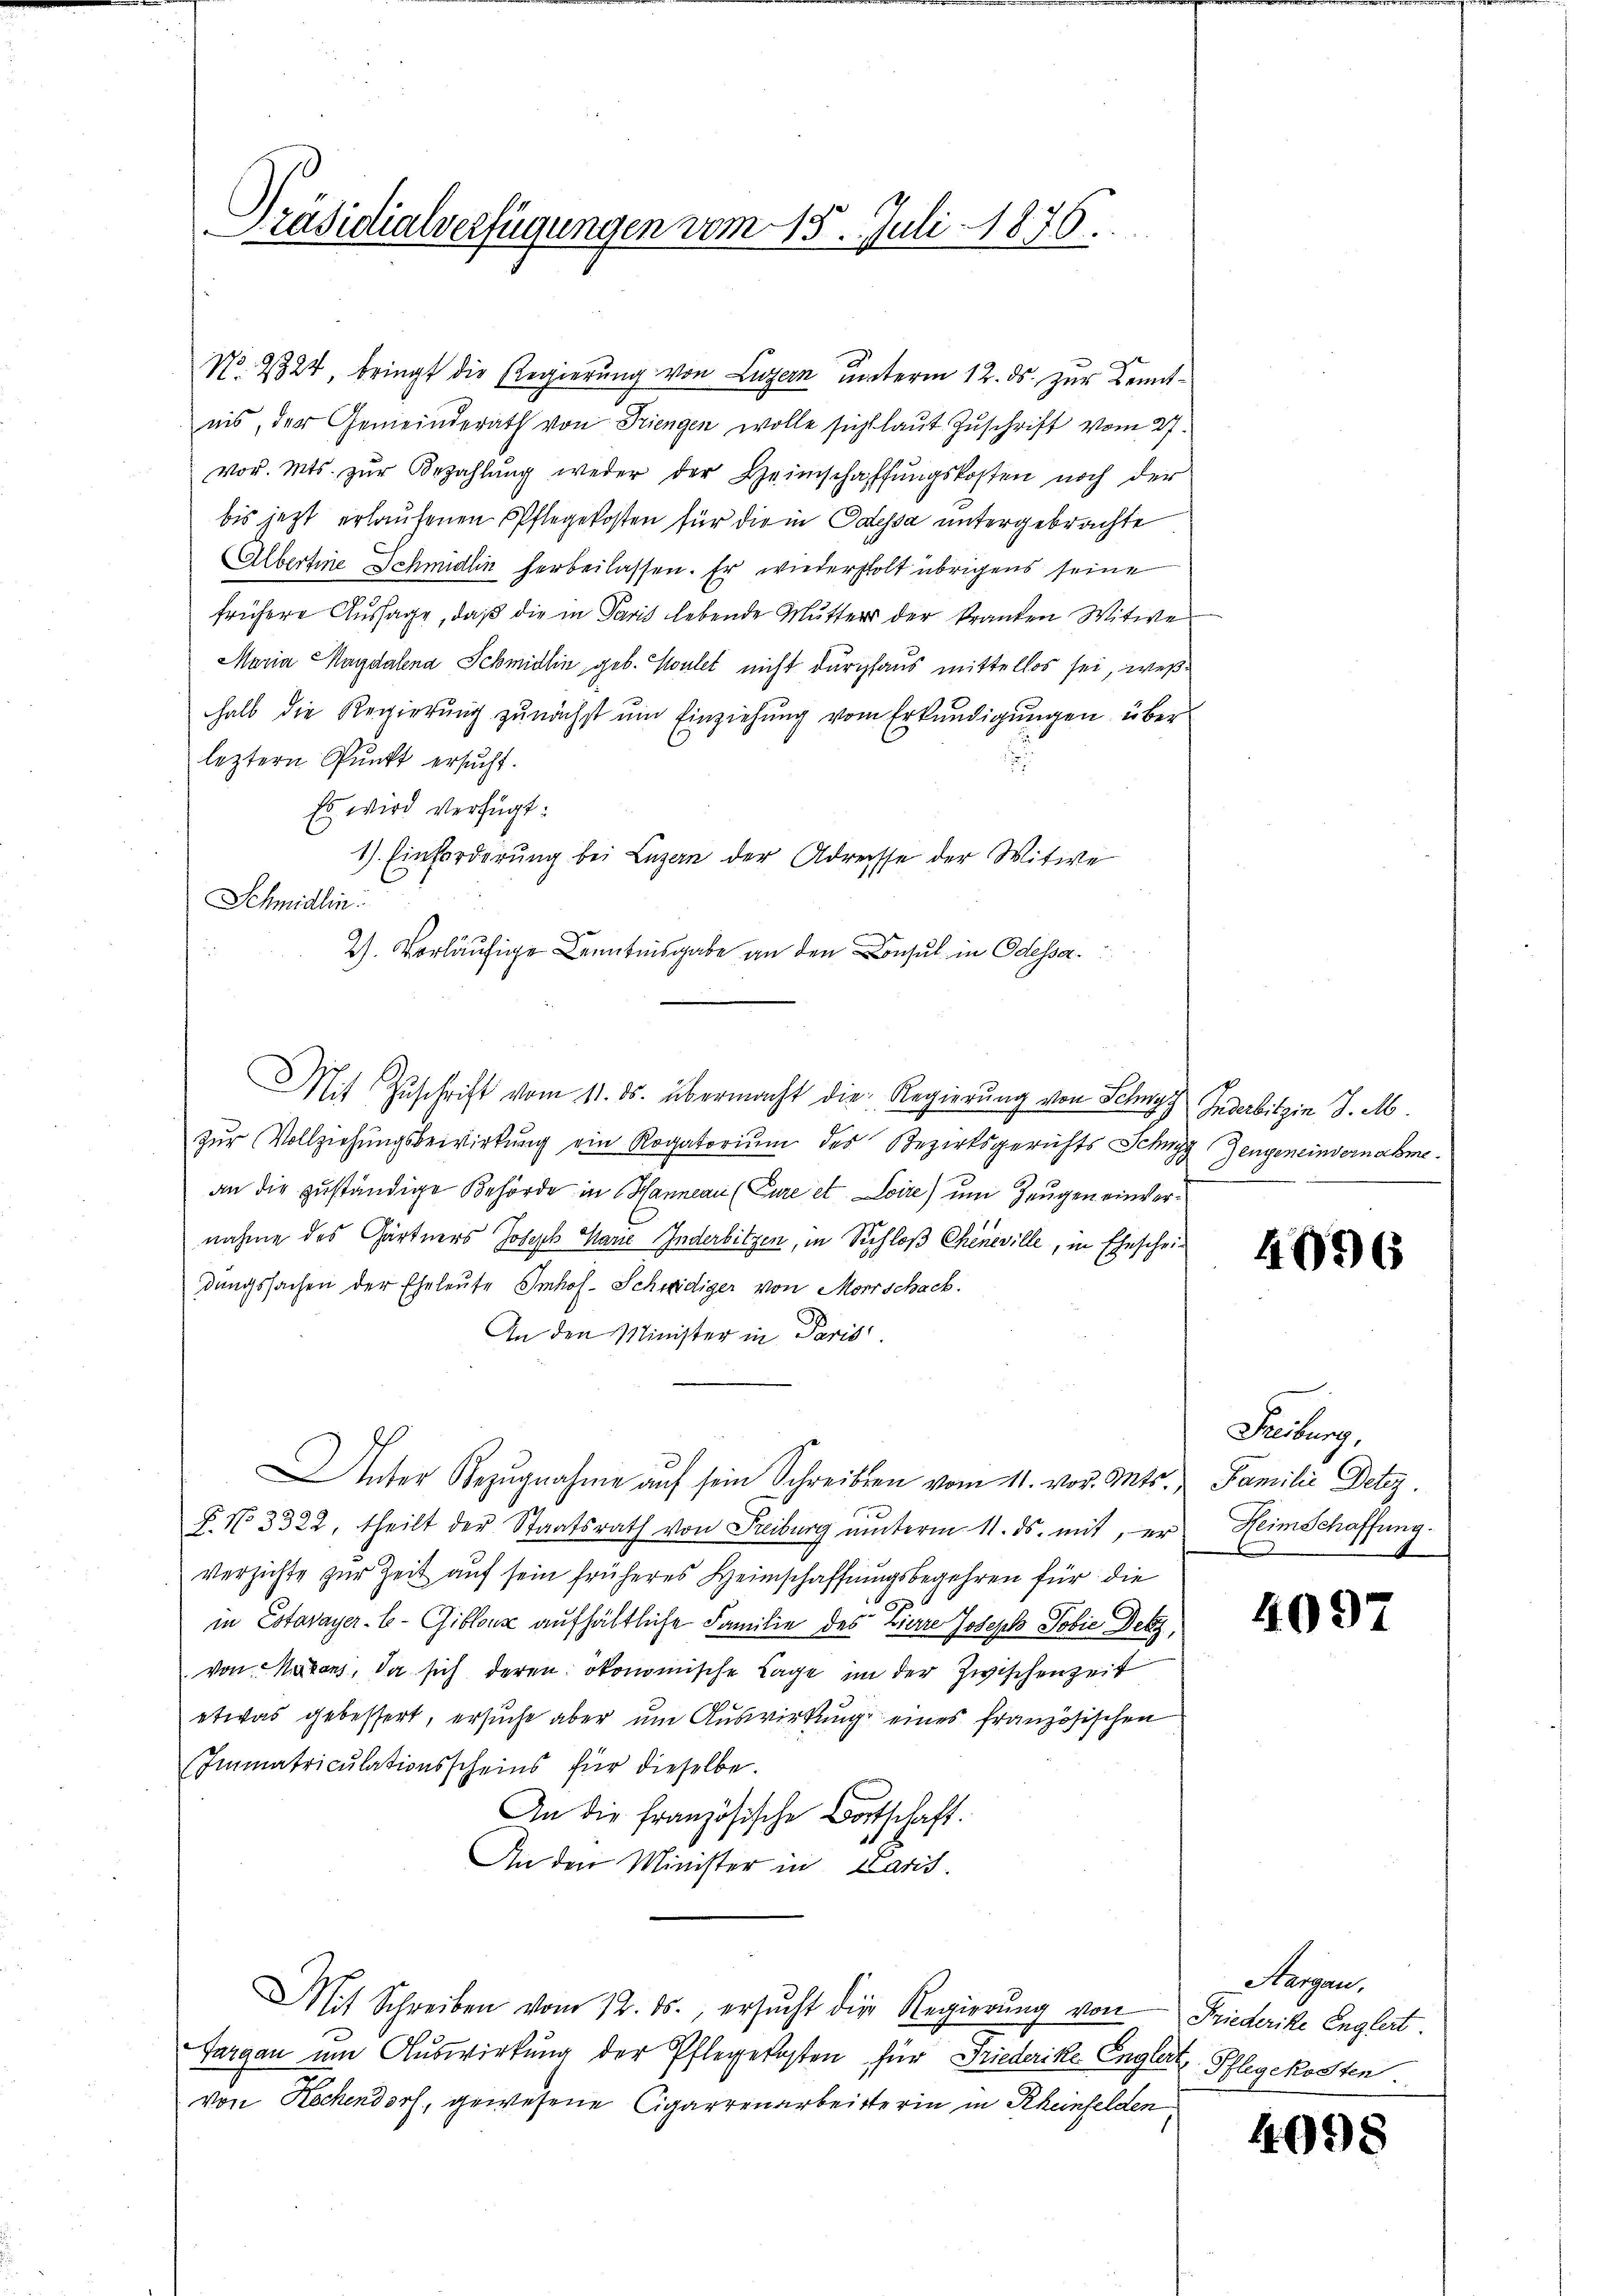
Präsidialverfügungen vom 15. Juli 1876.

No. 9324, bringt die Regierung von Luzern unterm 12. ds. zur Kenntnis, der Gemeinderath von Triengen wolle sicht laut Zuschrift vom 27.
vor. Mts. zŭr Bezahlŭng weder der Heimschaffŭngskosten noch der
bis jetzt erlaufenen Pflegekosten für die in Odessa untergebrachte
Albertine Schmidlin herbeilassen. Er wiederholt übrigens seine
frühere Aussage, daß die in Paris lebende Mutters der kranten Witwe
Maria Magdalena Schmidlin, geb. Koulet nicht durchaus mittellos sei, weßhalb die Regierŭng zunächst ŭm Einziehung vom Erkundigŭngen über
leztern Punkt ersucht.
Es wird verfügt:
1) Einforderung bei Luzern der Adresse der Witwe
Schmidlin.
2). Vorläufige Kenntnisgabe an den Consul in Odessa
Mit Zuschrift vom 11. ds. übermacht die Regierung von Schngy Indebitzin J. M.
zŭr Vollziehungsbewirkung ein Rogatorium des Bezirksgerichts Schagg Zeugeneinvernahme
an die zuständige Behörde in Hanneau (Cure et Loire) um Zeugen einvernahme des Gärtners Joseph Marie Inderbitzen, in Schloß Cheneville, in Ehescheidungssachen der Eheleute Imhof - Schweidiger von Morrschack
An den Minister in Paris
Unter Bezŭgnahme aŭf sein Schreiben vom 11. vor. Mts., Familie Detez.
B. No 3322, theilt der Staatsrath von Freiburg unterm 11. ds. mit, er Heim Schaffung
verzichte zur Zeit auf sein früheres Heimschaffungsbegehren für die
in Estavayer-E-Giblouz aufhältliche Familie des Zierre Joseph Tobie Dekg,
von Natons, da sich deren ökonomische Lage im der Zwischenzeit
etwas gebessert, ersuche aber um Auswirkung eines französischen
Immatriculationsscheins für dieselbe.
An die Französische Botschaft.
An den Minister in Paris.
MMit Schreiben vom 12. ds., ersucht die Regierung von Friederike Engleit.
Vargau um Auswirkung der Pflegekosten für Friederike Englist, Pflegekosten.
von Rechendorf, gewesene Cigarrenarbeitterin in Rheinfelden

An

4096

Festung,

4097

Aargau,

4098